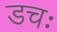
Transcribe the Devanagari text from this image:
डचः